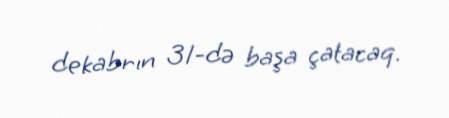
dekabrın 31-də başa çatacaq.